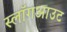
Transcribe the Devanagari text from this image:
स्लॉगआउट